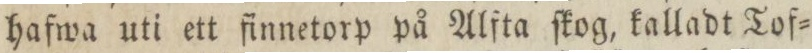
hafwa uti ett finnetorp på Alfta ſkog, kalladt Tof=